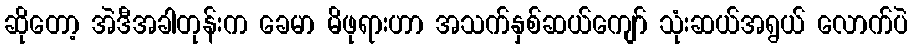
ဆိုတော့ အဲဒီအခါတုန်းက ခေမာ မိဖုရားဟာ အသက်နှစ်ဆယ်ကျော် သုံးဆယ်အရွယ် လောက်ပဲ